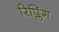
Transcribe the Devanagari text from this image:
रिप्लिंग